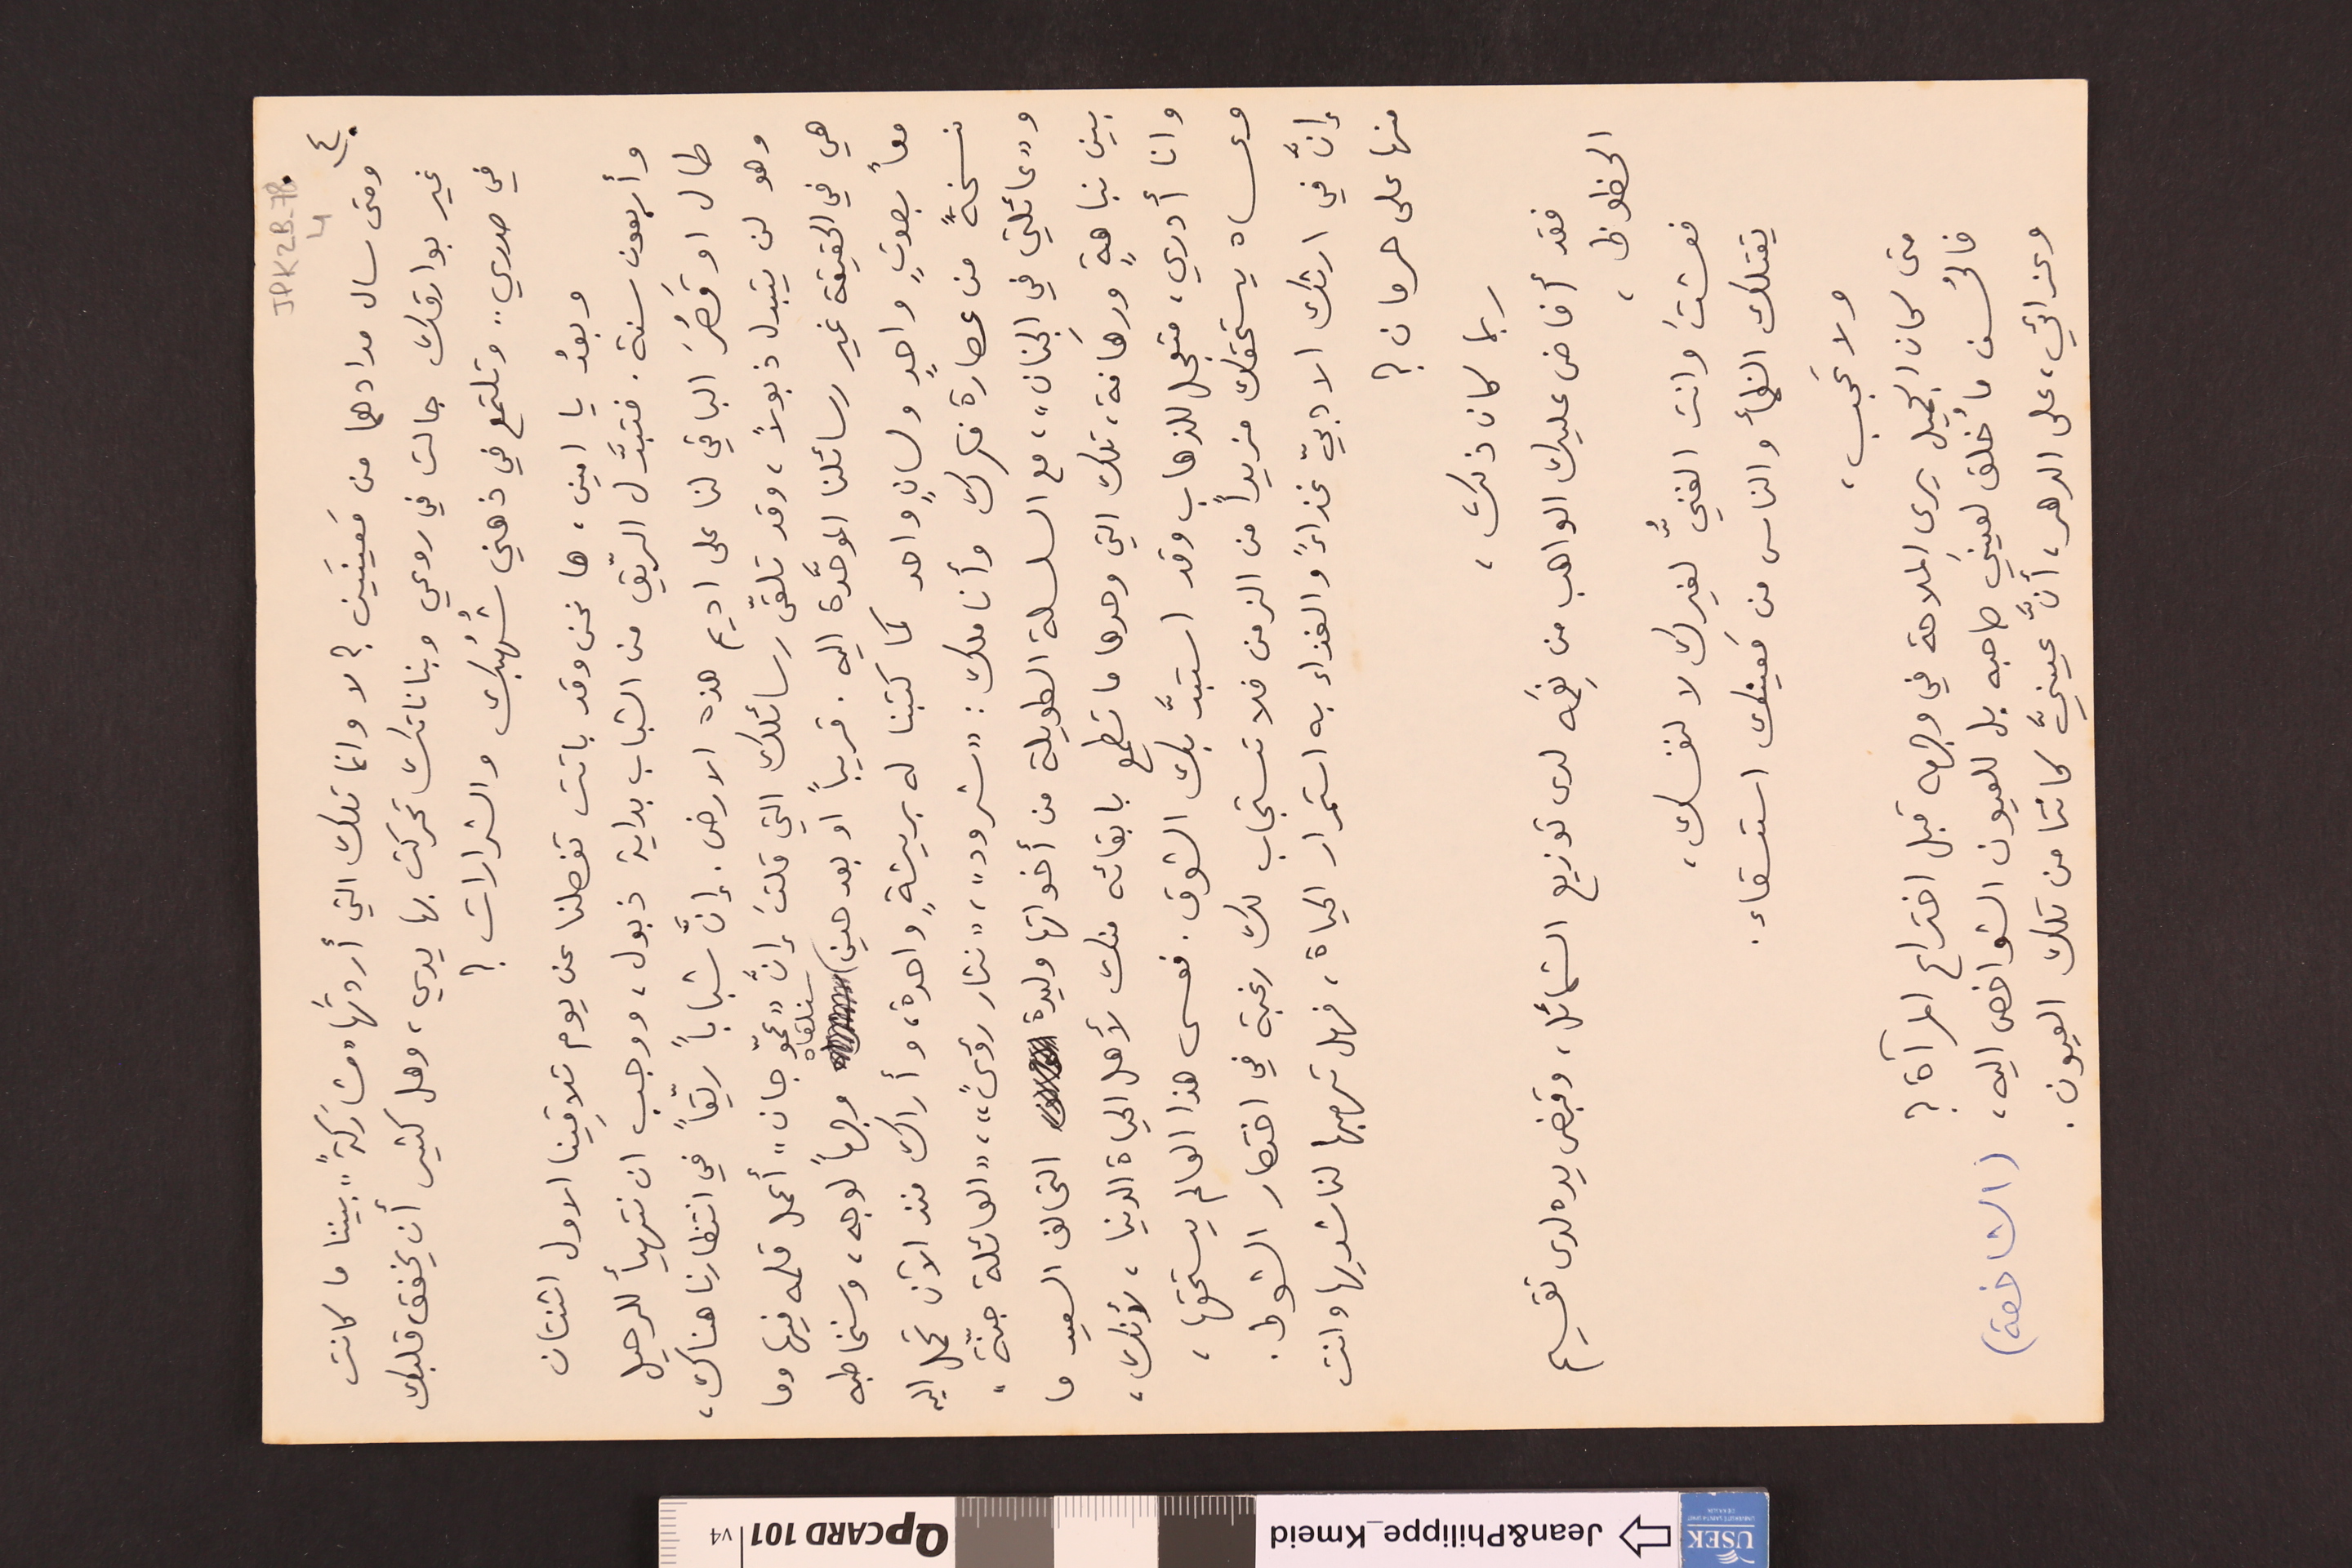
JPK2B-78			4		٤)
ومتى سال مدادهما من مَعينَين ؟ لا وانما تلك التي أردتَها "مشارَكةً" .. بيننا ما كانت

غير بوارقك جالت في روعي وبناناتك تحركت بها يدي، وهل كثير أن يخفق قلبك
في صدري .. وتلتمع في ذهني شُهُبك والشرارات ؟
وبعدُ يا امين، ها نحن وقد باتت تفصلنا عن يوم تلاقينا الاول اثنتان
وأربعون سنة. فتبدَّل الرّيق من الشباب بداية ذبول، ووجبَ ان نتهيأ للرحيل
طال او قَصُرَ الباقي لنا على اديم هذه الارض. إنَّ شباباً ريّعاً في انتظارنا هناك،
وهو لن يتبدل ذبولاً، وقد تلقّى رسائلك التي قلتَ إنَّ "عمّو جان" أعمل قلمه فيها وما
هي في الحقيقة غير رسائلنا الموحَّدة اليه. قريباً او بعد حين سنلقاه وجهاً لوجه، وسنخاطبه
معاً بصوتٍ واحدٍ ولسانٍ واحد كما كتبنا له بريشةٍ واحدة، وأراك منذ الآن تحمل اليه
نسخةً من عصارة فكرك وأنا ملك : "شرود"، "نثار رؤىً"، "العائلة جنّة"،
و"عائلتي في الجنان"، مع السلسلة الطويلة من أخواتها وليدة التحالف السعيد ما
بين نباهةٍ ورهافة، تلك التي وحدها ما تطمع بابقائه منك لأهل الحياة الدنيا، لأنك،
وانا أدري، متعجل للذهاب وقد استبدَّ بك الشوق. فعسى هذا العالم يستحقها،
وعساه يستحقك مزيداً من الزمن فلا تستجاب لك رغبة في اختصار الشوط.
إنَّ في ارثك الادبيّ غذاءً والغذاء به استمرار الحياة، فهل تهبها لناشديها وانت
منها على حرمان ؟
ربما كان ذلك،
فقد أفاض عليك الواهب من نِعَمه لدى توزيع الشمائل، وقبض يده لدى تقسيم
الحظوظ،
فعشتَ وانت الغنيُّ لغيرك لا لنفسك،
يقتلك الظمأ والناس مع مَعينك استسقاء.
ولا عَجب،
متى كان الجميل يرى الملاحة في وجهه قبل اختراع المرآة ؟
فالحُسن ما خُلق لعينَي صاحبه بل للعيون الشواخص اليه، (الشاخصة)
وعزائي، على الدهر، أنَّ عينيَّ كانتا من تلك العيون.